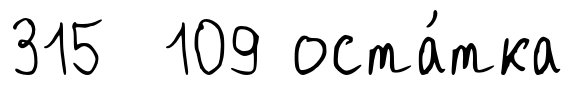
315 109 оста́тка